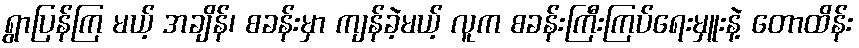
ရွာပြန်ကြ မယ့် အချိန်၊ စခန်းမှာ ကျန်ခဲ့မယ့် လူက စခန်းကြီးကြပ်ရေးမှူးနဲ့ တောထိန်း